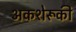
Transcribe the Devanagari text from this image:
अकशेरूकी